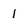
Character: 1